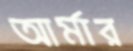
আর্মার